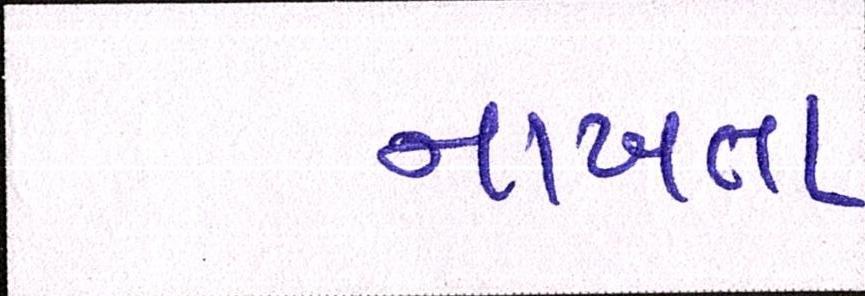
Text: નાખતા